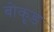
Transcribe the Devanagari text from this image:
बोकूड